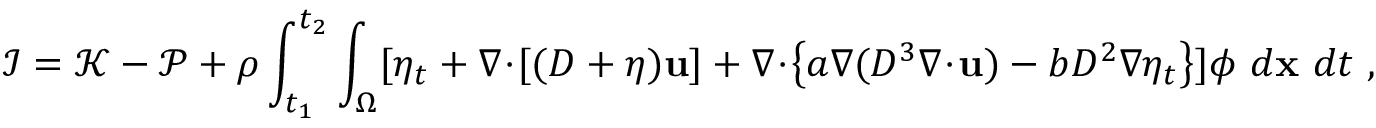
\mathcal { I } = \mathcal { K } - \mathcal { P } + \rho \int _ { t _ { 1 } } ^ { t _ { 2 } } \int _ { \Omega } [ \eta _ { t } + \nabla \! \cdot \! [ ( D + \eta ) \mathbf { u } ] + \nabla \! \cdot \! \left\{ a \nabla ( D ^ { 3 } \nabla \! \cdot \! \mathbf { u } ) - b D ^ { 2 } \nabla \eta _ { t } \right\} ] \phi ~ d \mathbf { x } ~ d t \ ,